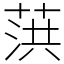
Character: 葓